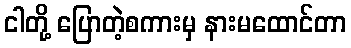
ငါတို့ ပြောတဲ့စကားမှ နားမထောင်တာ